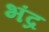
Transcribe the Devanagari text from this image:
भंद्र